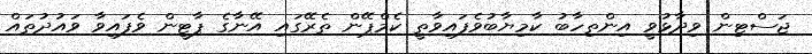
ޖަސްޓިން ވިދާޅުވީ އިންތިހާބު ކާމިޔާބުވެފައިވާތީ ކެމްޕޭން ތެރޭގައި އޭނާގެ ޕާޓީން ވެފައިވާ ވައުދުތައް